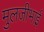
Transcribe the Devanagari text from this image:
मुलजीभाई